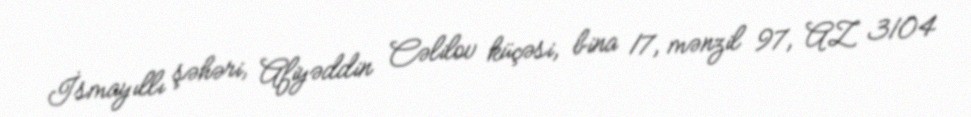
İsmayıllı şəhəri, Afiyəddin Cəlilov küçəsi, bina 17, mənzil 97, AZ 3104